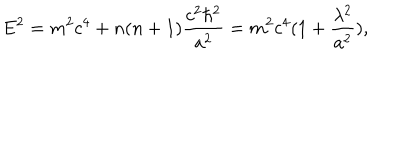
E ^ { 2 } = m ^ { 2 } c ^ { 4 } + n ( n + 1 ) \frac { c ^ { 2 } \hbar ^ { 2 } } { a ^ { 2 } } = m ^ { 2 } c ^ { 4 } ( 1 + \frac { \lambda ^ { 2 } } { a ^ { 2 } } ) ,